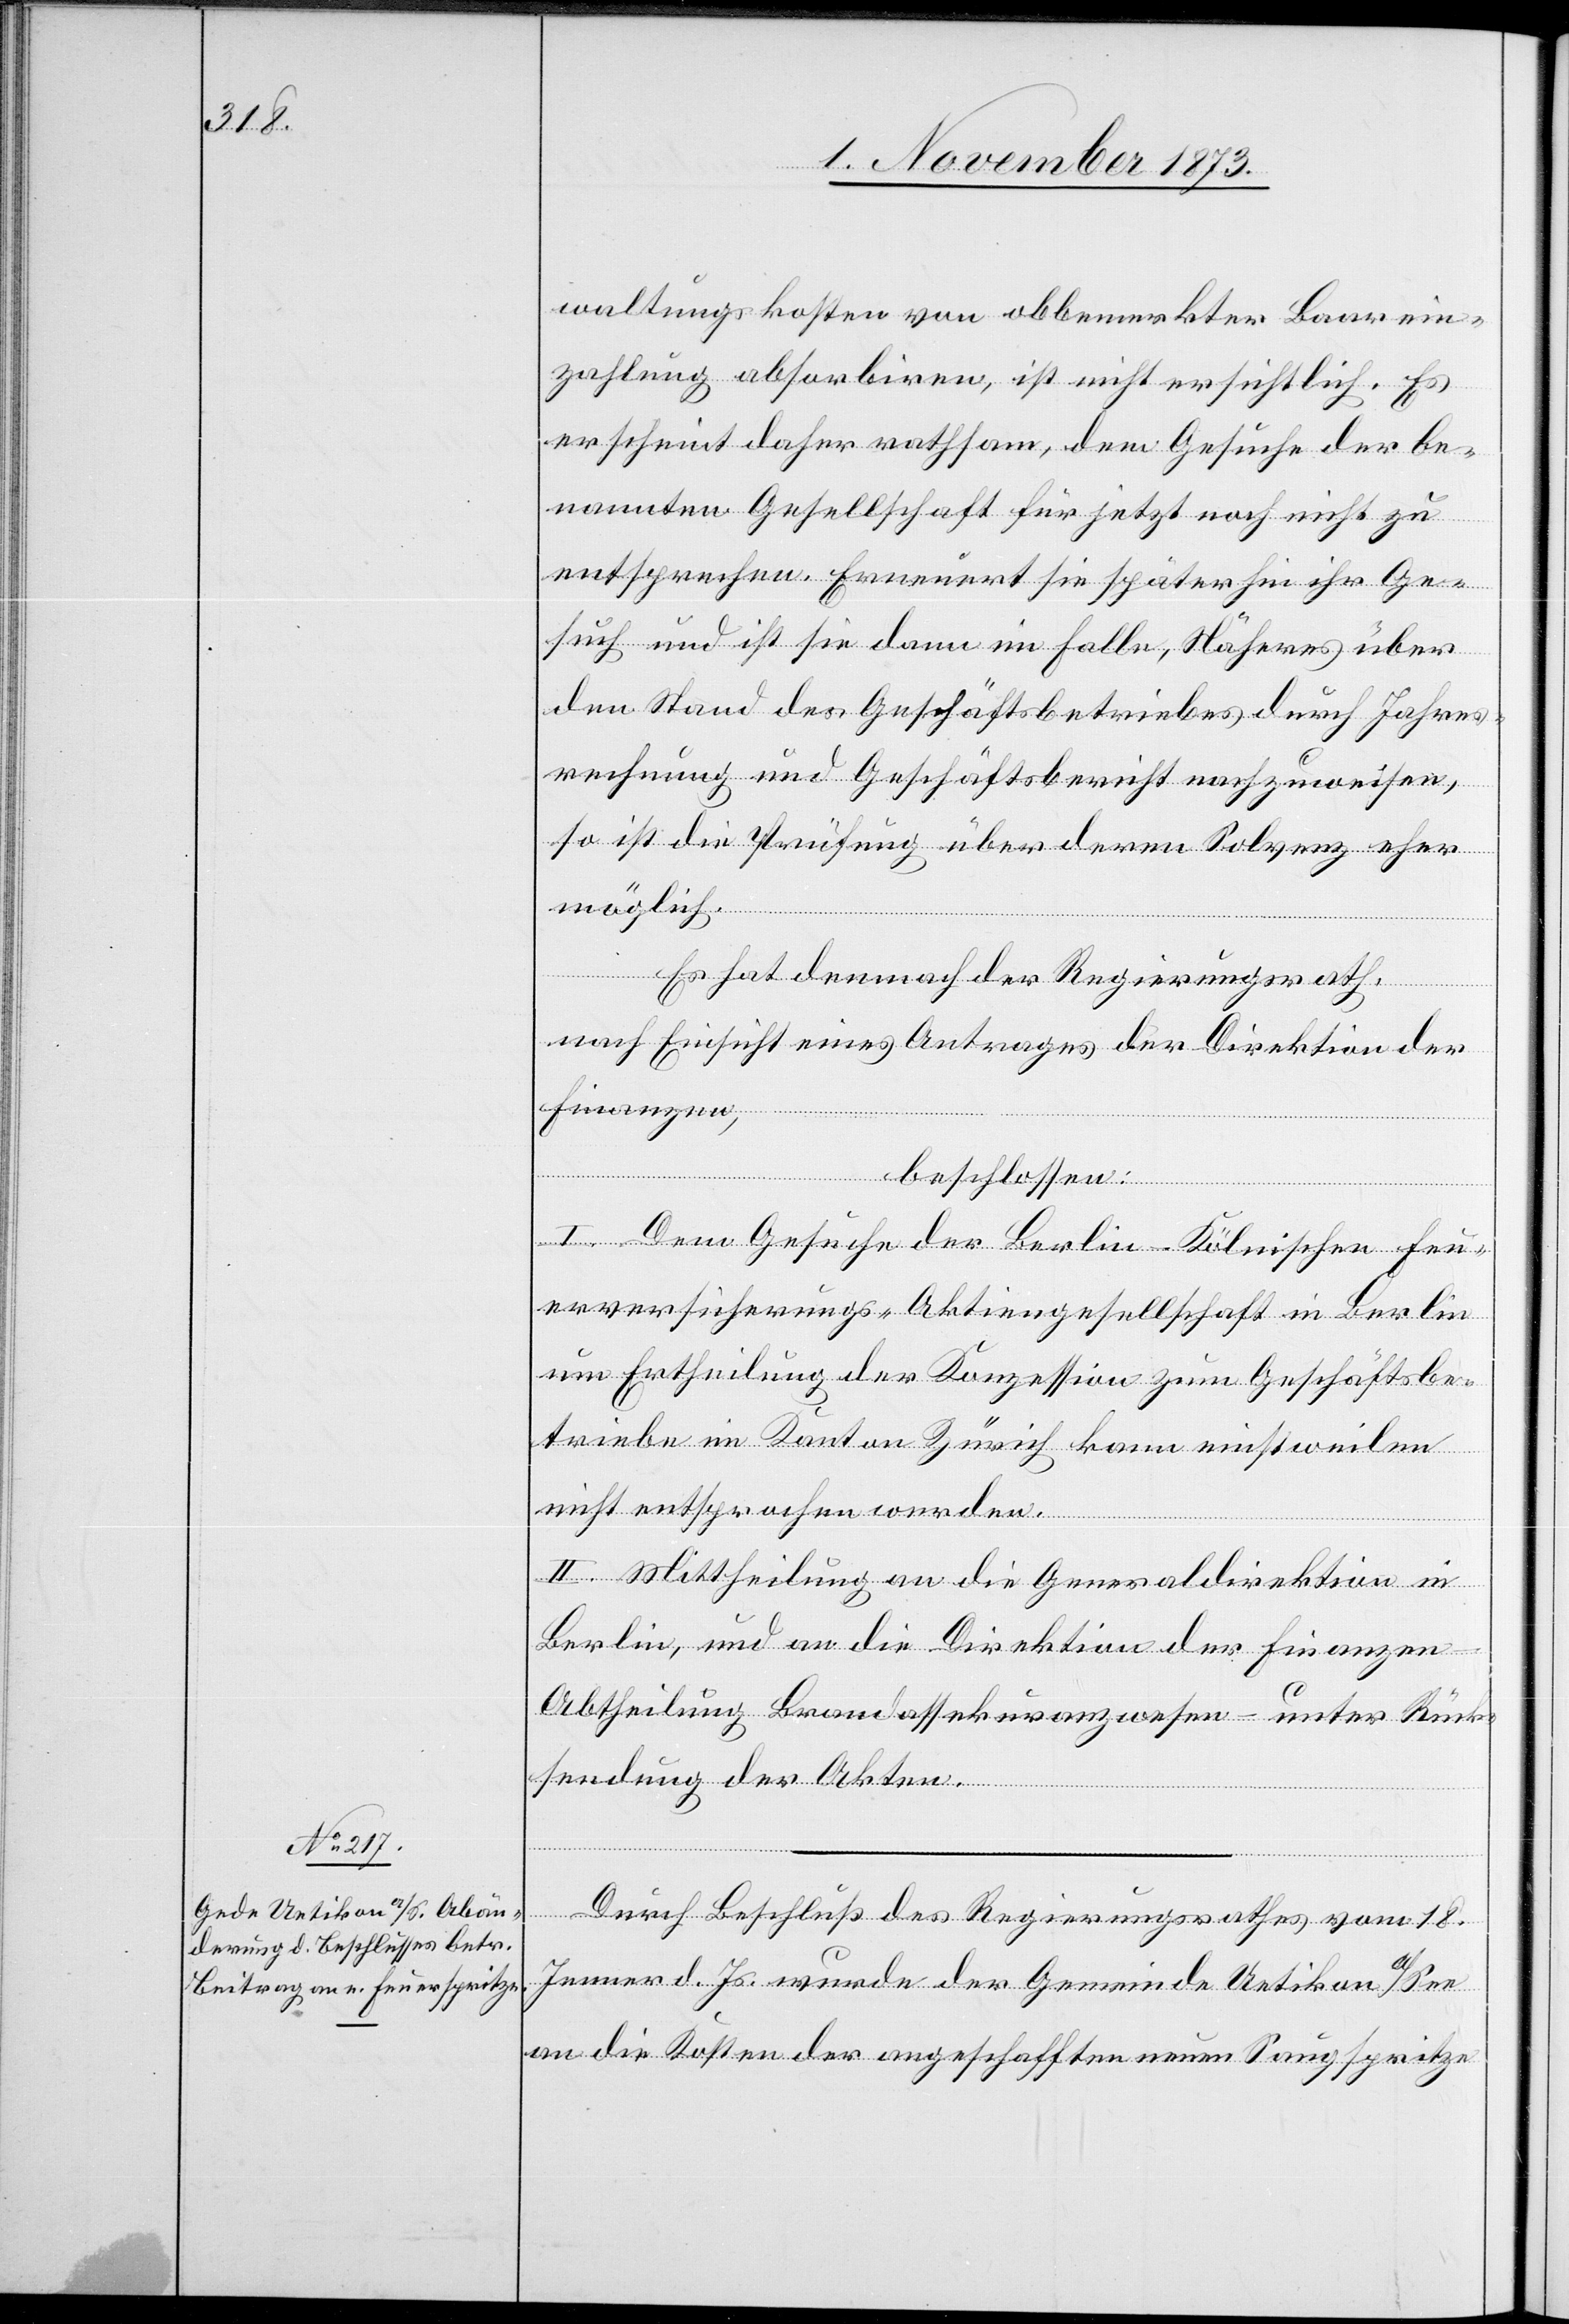
waltungskosten von obbemerkter Baarein¬
zahlung absorbiren, ist nicht ersichtlich. Es
erscheint daher rathsam, dem Gesuche der be¬
nannten Gesellschaft für jetzt noch nicht zu
entsprechen. Erneuert sie später hin ihr Ge¬
such und ist sie dann im Falle, Näheres über
den Stand des Geschäftsbetriebes durch Jahres¬
rechnung und Geschäftsbericht nachzuweisen,
so ist die Prüfung über deren Solvenz eher
möglich.
Es hat demnach der Regierungsrath,
nach Einsicht eines Antrages der Direktion der
Finanzen,
beschlossen:
I. Dem Gesuche der Berlin-Kölnischen Feu¬
erversicherungs-Aktiengesellschaft in Berlin
um Ertheilung der Konzession zum Geschäftsbe¬
triebe im Kanton Zürich kann einstweilen
nicht entsprochen werden.
II. Mittheilung an die Generaldirektion in
Berlin, und an die Direktion der Finanzen
Abtheilung Brandassekuranzwesen – unter Rück¬
sendung der Akten.
Durch Beschluß des Regierungsrathes vom 18.
Jenner d. Js. wurde der Gemeinde Uetikon a/See
an die Kosten der angeschafften neuen Saugspritze